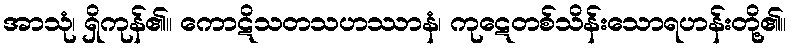
အာသုံ၊ ရှိကုန်၏။ ကောဋိသတသဟဿာနံ၊ ကုဋေတစ်သိန်းသောရဟန်းတို့၏။